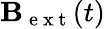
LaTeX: \mathbf{B}_{\mathrm{~e~x~t~}}(t)